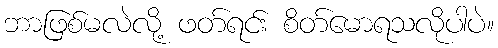
ဘာဖြစ်မလဲလို့ ဖတ်ရင်း စိတ်မောရသလိုပါပဲ။